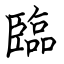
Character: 臨